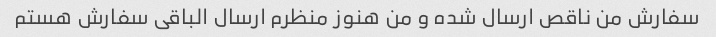
سفارش من ناقص ارسال شده و من هنوز منظرم ارسال الباقی سفارش هستم